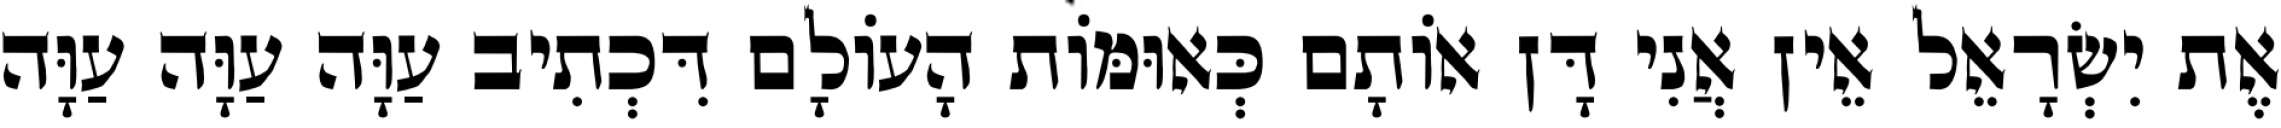
אֶת יִשְׂרָאֵל אֵין אֲנִי דָּן אוֹתָם כְּאוּמּוֹת הָעוֹלָם דִּכְתִיב עַוָּה עַוָּה עַוָּה